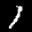
Label: 1